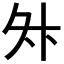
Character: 𭐳